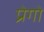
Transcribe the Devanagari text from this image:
प्रेगो